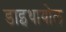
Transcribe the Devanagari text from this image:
डाइथायोल